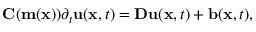
\mathbf { C } ( \mathbf { m } ( \mathbf { x } ) ) \partial _ { t } \mathbf { u } ( \mathbf { x } , t ) = \mathbf { D u } ( \mathbf { x } , t ) + \mathbf { b } ( \mathbf { x } , t ) ,